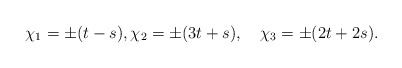
\begin{align*}\chi_1 = \pm(t-s),\chi_2 = \pm(3t+s),\quad\chi_3 = \pm(2t+2s).\end{align*}